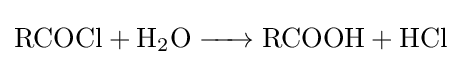
{\ce {RCOCl + H2O -> RCOOH + HCl}}